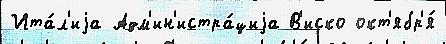
Ита́л'иjа Адм'ин'истра́циjа В'иско окт'ябр'я́